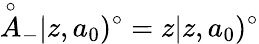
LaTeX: {\mathop{A}^{\circ}}_{-}|z,a_{0})^{\circ}=z|z,a_{0})^{\circ}